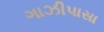
ગાઝીપાસા